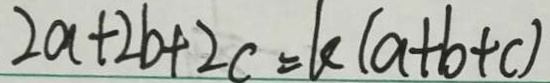
2 a + 2 b + 2 c = k ( a + b + c )